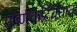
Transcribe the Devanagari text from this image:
उष्णकटिबंधात